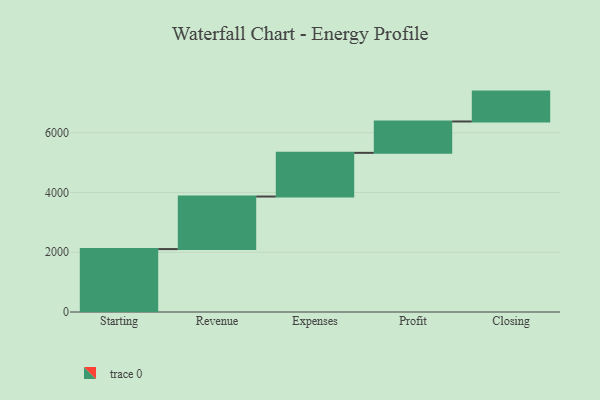
{"axis": {"x": "Step", "y": "Value"}, "legend": [""], "data": [{"x": "Starting", "y": 2106.0, "type": ""}, {"x": "Revenue", "y": 1759.0, "type": ""}, {"x": "Expenses", "y": 1462.0, "type": ""}, {"x": "Profit", "y": 1050.0, "type": ""}, {"x": "Closing", "y": 1000, "type": ""}]}